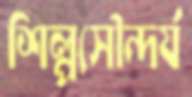
শিল্পসৌন্দর্য